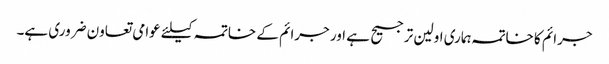
جرائم کا خاتمہ ہماری اولین ترجیح ہے اور جرائم کے خاتمہ کیلئے عوامی تعاون ضروری ہے۔